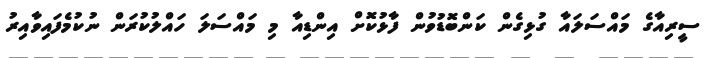
ސީރިއާގެ މައްސަލައާ ގުޅިގެން ކަންބޮޑުވުން ފާޅުކޮށް އިންޑިއާ މި މައްސަލަ ހައްލުކުރަން ނުކުމެފައިވާއިރު